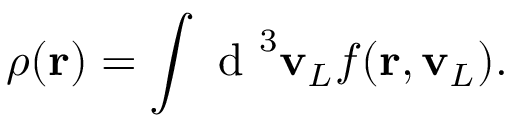
\rho ( \mathbf { r } ) = \int \mathrm { ~ d ~ } ^ { 3 } \mathbf { v } _ { L } f ( \mathbf { r } , \mathbf { v } _ { L } ) .